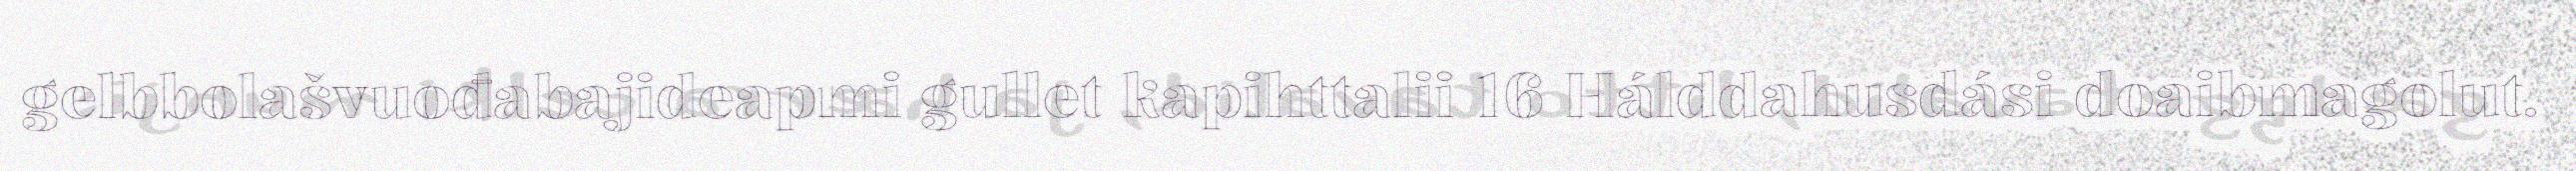
gelbbolašvuođabajideapmi gullet kapihttalii 16 Hálddahusdási doaibmagolut.